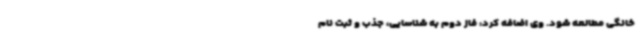
خانگی مطالعه شود. وی اضافه کرد: فاز دوم به شناسایی، جذب و ثبت نام